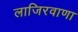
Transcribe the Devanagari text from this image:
लाजिरवाणा